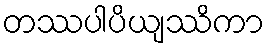
တဿပါပိယျဿိကာ